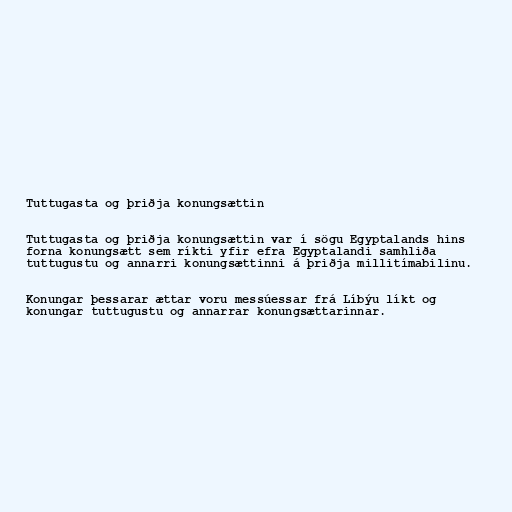
Tuttugasta og þriðja konungsættin

Tuttugasta og þriðja konungsættin var í sögu Egyptalands hins
forna konungsætt sem ríkti yfir efra Egyptalandi samhliða
tuttugustu og annarri konungsættinni á þriðja millitímabilinu.

Konungar þessarar ættar voru messúessar frá Líbýu líkt og
konungar tuttugustu og annarrar konungsættarinnar.